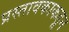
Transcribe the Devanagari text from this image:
प्रस्तावकाकडून